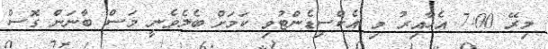
މިރޭ 7:00 އެހާއިރު މި އެކްސިޑެންޓުވި ކަމަށް ބެލެވެނީ މަސް ބާނަން ގޮސް